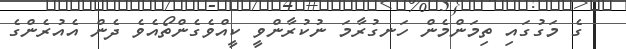
ގެ މަގުގައި ތިމަންމެން ހަނގުރާމަ ނުކުރާންވީ ކީއްވެގެންތޯއެވެ ދެން އެއުރެންގެ